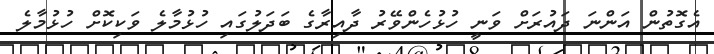
އެގޮތުން އަންނަ ދައުރަށް ވަނީ ހުޅުހެންވޭރު ދާއިރާގެ ބަދަލުގައި ހުޅުމާލެ ވަކިކޮށް ހުޅުމާލެ